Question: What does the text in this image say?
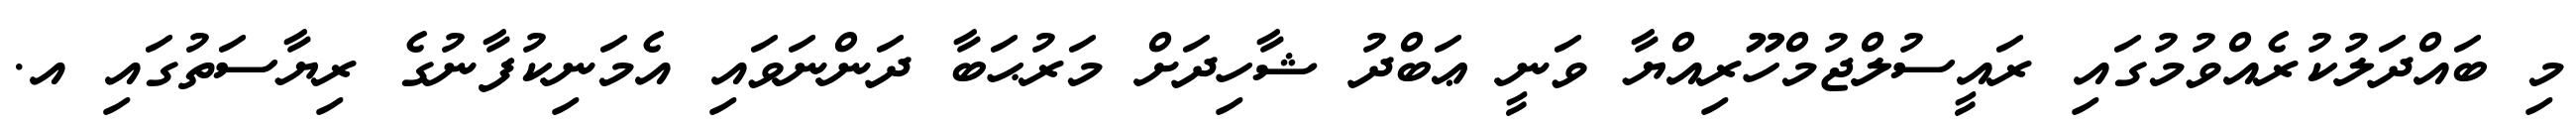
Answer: މި ބައްދަލުކުރެއްވުމުގައި ރައީސުލްޖުމްހޫރިއްޔާ ވަނީ ޢަބްދު ޝާހިދަށް މަރުޙަބާ ދަންނަވައި އެމަނިކުފާނުގެ ރިޔާސަތުގައި އ.